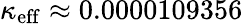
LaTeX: \kappa_{\mathrm{eff}}\approx 0.0000109356